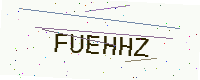
Text: FUEHHZ